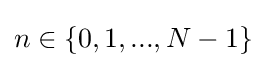
n\in \{0,1,...,N-1\}